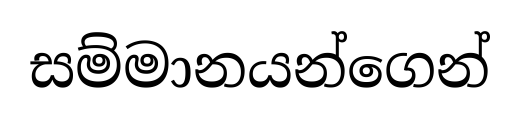
සම්මානයන්ගෙන්